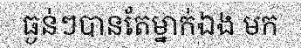
ធ្ងន់ៗបានតែម្នាក់ឯង មក